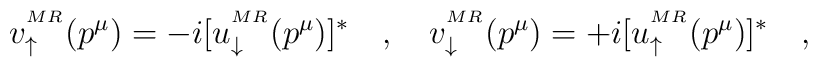
v^{^{MR}}_\uparrow (p^\mu) = -i [ u^{^{MR}}_\downarrow(p^\mu) ]^\ast\quad,\quad v^{^{MR}}_\downarrow (p^\mu) =+ i [ u^{^{MR}}_\uparrow (p^\mu) ]^\ast \quad,